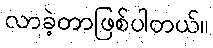
လာခဲ့တာဖြစ်ပါတယ်။